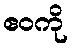
ဧဝကို